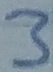
Text: 3